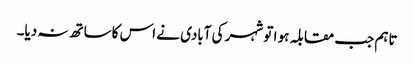
تاہم جب مقابلہ ہو ا تو شہر کی آبادی نے اس کاساتھ نہ دیا۔